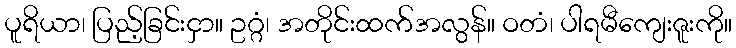
ပူရိယာ၊ ပြည့်ခြင်းငှာ။ ဥဂ္ဂံ၊ အတိုင်းထက်အလွန်။ ဝတံ၊ ပါရမီကျေးဇူးကို။